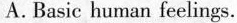
A. Basic human feelings.